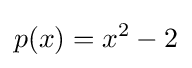
p(x)=x^{2}-2